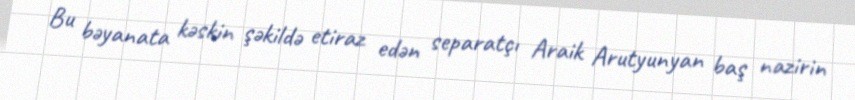
Bu bəyanata kəskin şəkildə etiraz edən separatçı Araik Arutyunyan baş nazirin